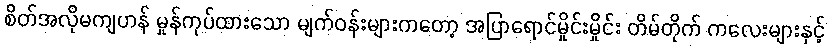
စိတ်အလိုမကျဟန် မှုန်ကုပ်ထားသော မျက်ဝန်းများကတော့ အပြာရောင်မှိုင်းမှိုင်း တိမ်တိုက် ကလေးများနှင့်